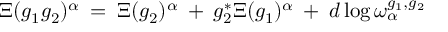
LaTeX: \Xi ( g _ { 1 } g _ { 2 } ) ^ { \alpha } \: = \: \Xi ( g _ { 2 } ) ^ { \alpha } \: + \: g _ { 2 } ^ { * } \Xi ( g _ { 1 } ) ^ { \alpha } \: + \: d \log \omega _ { \alpha } ^ { g _ { 1 } , g _ { 2 } }